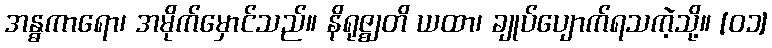
အန္ဓကာရော၊ အမိုက်မှောင်သည်။ နိရုဇ္ဈတိ ယထာ၊ ချုပ်ပျောက်ရသကဲ့သို့။ [၀၁]